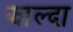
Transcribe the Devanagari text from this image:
झाल्दा